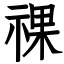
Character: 祼